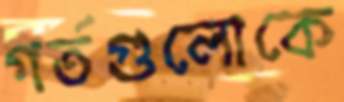
গর্তগুলোকে